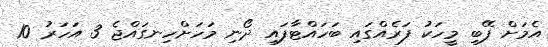
އެމަށް ފޭބި މީހަކު ފަރެއްގައި ބަހައްޓާފައި ދޯނި މަހަށްހިނގައްޖެ 3 އަހަރު 10